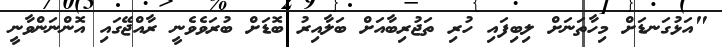
"އަޅުގަނޑަށް މިހާތަނަށް ލިބިފައި ހުރި ތަޖުރިބާއަށް ބަލާއިރު ބޮޑަށް ބުރަވެވެނީ ރާއްޖޭގައި އޮންނަންވާނީ